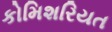
કોમિશરિયત